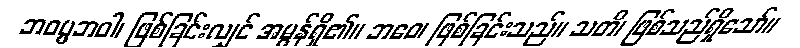
ဘဝပ္ပဘဝါ၊ ဖြစ်ခြင်းလျှင် အမွန်ရှိ၏။ ဘဝေ၊ ဖြစ်ခြင်းသည်။ သတိ၊ ဖြစ်သည်ရှိသော်။